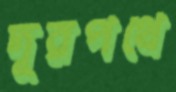
দূরপথে